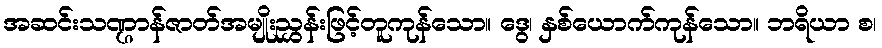
အဆင်းသဏ္ဌာန်ဇာတ်အမျိုးညွှန်းဖြင့်တူကုန်သော။ ဒွေ၊ နှစ်ယောက်ကုန်သော။ ဘရိယာ စ၊